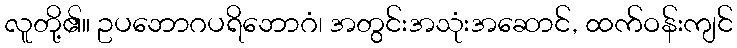
လူတို့၏။ ဥပဘောဂပရိဘောဂံ၊ အတွင်းအသုံးအဆောင်, ထက်ဝန်းကျင်